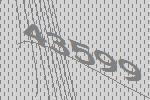
43599